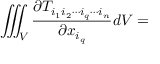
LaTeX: \iiint _ { V } { \frac { \partial T _ { i _ { 1 } i _ { 2 } \cdots i _ { q } \cdots i _ { n } } } { \partial x _ { i _ { q } } } } d V =